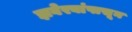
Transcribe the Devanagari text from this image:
झवेरबांपासून